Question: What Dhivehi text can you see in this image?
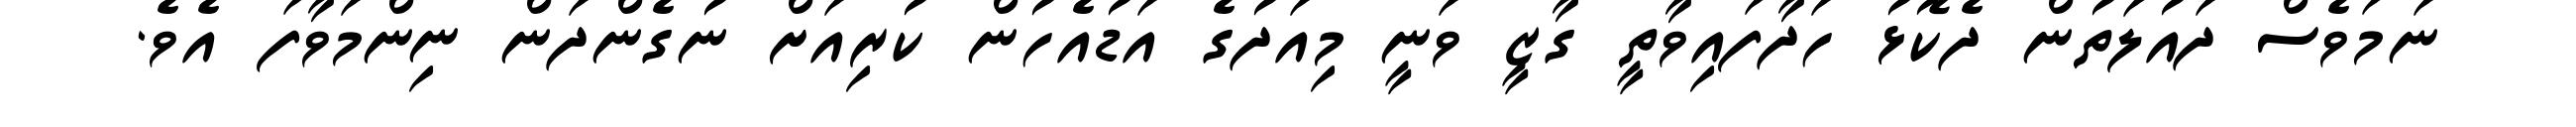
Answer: ނަމަވެސް ދައުލަތުން ދެކޮޅު ހަދާފައިވާތީ ގާޒީ ވަނީ މިއަދުގެ އަޑުއެހުން ކުރިއަށް ނުގެންދަން ނިންމަވާފަ އެވެ.